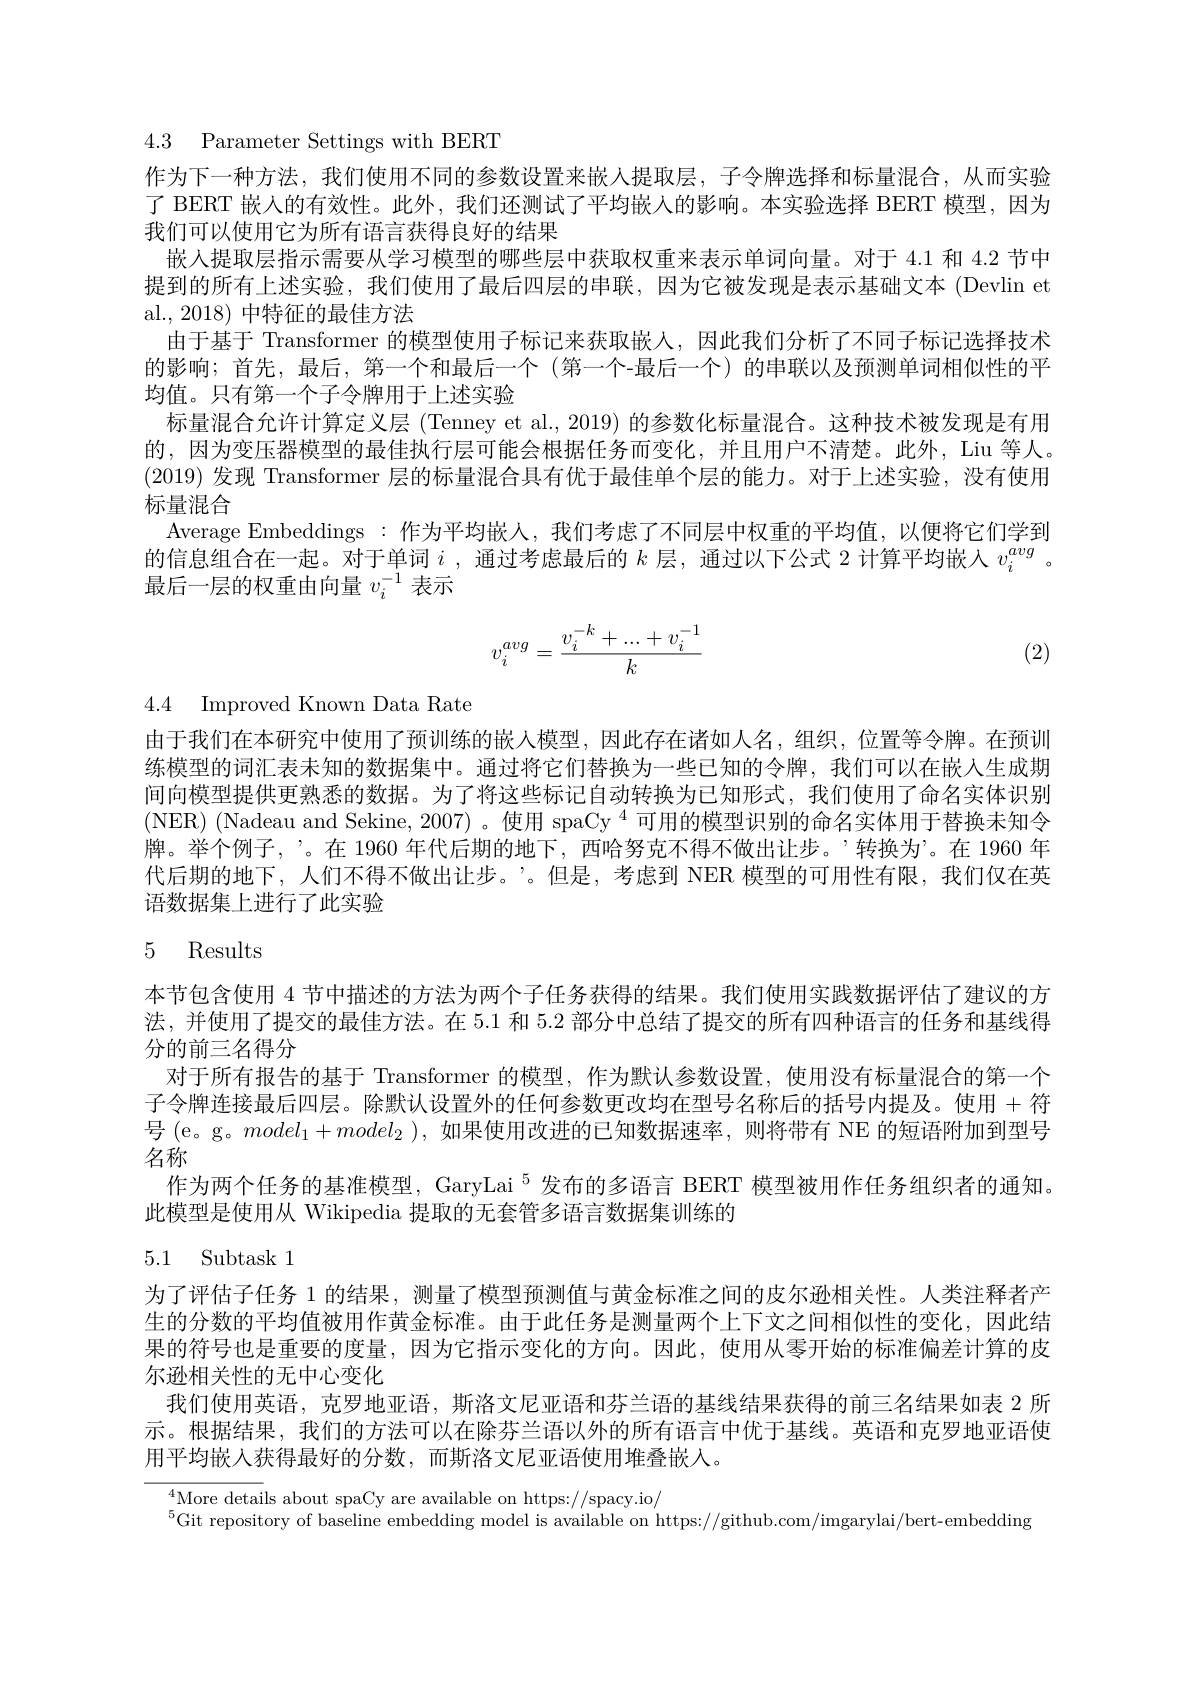
4.3 Parameter Settings with BERT

作为下一种方法，我们使用不同的参数设置来嵌人提取层，子令牌选择和标量混合，从而实验了 BERT 嵌人的有效性。此外，我们还测试了平均嵌入的影响。本实验选择 BERT 模型，因为我们可以使用它为所有语言获得良好的结果
嵌入提取层指示需要从学习模型的哪些层中获取权重来表示单词向量。对于 4.1 和 4.2 节中提到的所有上述实验，我们便用了最后四层的串联，因为它被发现是表示基础文本(Devlin et al.,2018) 中特征的最佳方法
由于基于 Transformer 的模型使用子标记来获取嵌人，因此我们分析了不同子标记选择技术的影响；首先，最后，第一个和最后一个(第一个-最后一个)的串联以及预测单词相似性的平均值。只有第一个子令牌用于上述实验
标量混合允许计算定义层 (Tenney et al., 2019) 的参数化标量混合。这种技术被发现是有用的，因为变压器模型的最佳执行层可能会根据任务而变化，并且用户不清楚。此外，Liu 等人。(2019)发现 Transformer 层的标量混合具有优于最佳单个层的能力。对于上述实验，没有使用标量混合
Average Embeddings : 作为平均嵌人，我们考虑了不同层中权重的平均值，以便将它们学到的信息组合在一起。对于单词$i$,通过考虑最后的$k$层，通过以下公式 2 计算平均嵌人$v_i^{avg}$ 。最后一层的权重由向量$v_i^{-1}$表示
$$v_i^{avg}=\frac{v_i^{-k}+...+v_i^{-1}}{k}$$
(2)

4.4 Improved Known Data Rate

由于我们在本研究中使用了预训练的嵌入模型，因此存在诸如人名，组织，位置等令牌。在预训练模型的词汇表未知的数据集中。通过将它们替换为一些已知的令牌，我们可以在嵌入生成期间向模型提供更熟悉的数据。为了将这些标记自动转换为已知形式，我们使用了命名实体识别(NER) (Nadeau and Sekine, 2007) 。使用 spaCy $^{4}$可用的模型识别的命名实体用于替换未知令牌。举个例子，’。在 1960 年代后期的地下，西哈努克不得不做出让步。’转换为’。在 1960 年代后期的地下，人们不得不做出让步。”。但是，考虑到 NER 模型的可用性有限，我们仅在英语数据集上进行了此实验

# 5 Results

本节包含使用 4 节中描述的方法为两个子任务获得的结果。我们使用实践数据评估了建议的方法，并使用了提交的最佳方法。在 5.1 和 5.2 部分中总结了提交的所有四种语言的任务和基线得分的前三名得分
对于所有报告的基于 Transformer 的模型，作为默认参数设置，使用没有标量混合的第一个子令牌连接最后四层。除默认设置外的任何参数更改均在型号名称后的括号内提及。使用 + 符号 (e。g。$model_1+model_2)$,如果使用改进的已知数据速率，则将带有 NE 的短语附加到型号名称
作为两个任务的基准模型，GaryLai°发布的多语言 BERT 模型被用作任务组织者的通知。
此模型是使用从 Wikipedia 提取的无套管多语言数据集训练的

## 5.1 Subtask 1

为了评估子任务 1 的结果，测量了模型预测值与黄金标准之间的皮尔逊相关性。人类注释者产生的分数的平均值被用作黄金标准。由于此任务是测量两个上下文之间相似性的变化，因此结果的符号也是重要的度量，因为它指示变化的方向。因此，使用从零开始的标准偏差计算的皮尔逊相关性的无中心变化
我们使用英语，克罗地亚语，斯洛文尼亚语和芬兰语的基线结果获得的前三名结果如表 2 所示。根据结果，我们的方法可以在除芬兰语以外的所有语言中优于基线。英语和克罗地亚语使用平均嵌入获得最好的分数，而斯洛文尼亚语使用堆叠嵌人。

More details about spaCy are available on https://spacy.io/
$^{5}$Git repository of baseline embedding model is available on https://github.com/imgarylai/bert-embedding